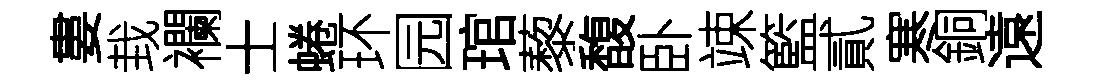
婁㘽襴士蜷环园琯藜馥卧竦籃貳寒銅遠